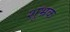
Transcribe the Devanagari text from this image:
शूभ्रक